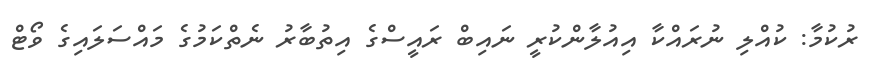
ރުކުމާ: ކުއްލި ނުރައްކާ އިއުލާންކުރީ ނައިބް ރައީސްގެ އިތުބާރު ނެތްކަމުގެ މައްސަލައިގެ ވޯޓް